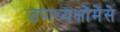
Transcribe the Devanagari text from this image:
उपाध्यक्षोंमेंसे